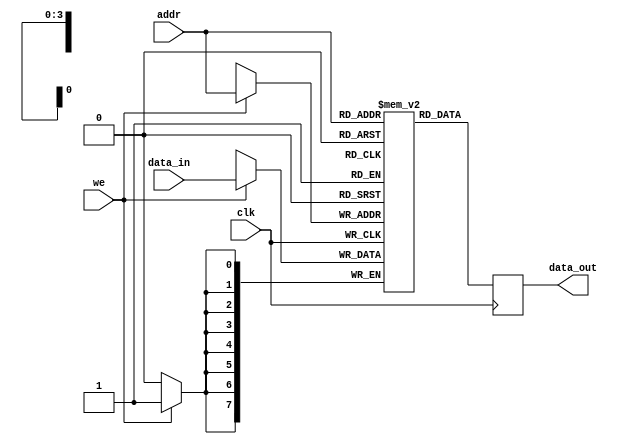
module parameterized_ram #(
    parameter DATA_WIDTH = 8,  // Width of data in bits
    parameter ADDR_WIDTH = 4   // Number of address lines
) (
    input wire clk,             // Clock signal
    input wire we,              // Write enable signal
    input wire [ADDR_WIDTH-1:0] addr, // Address input
    input wire [DATA_WIDTH-1:0] data_in, // Data input for writing
    output reg [DATA_WIDTH-1:0] data_out // Data output for reading
);

    // Calculate the depth of memory
    localparam DEPTH = 1 << ADDR_WIDTH; // 2^ADDR_WIDTH

    // Memory array declaration
    reg [DATA_WIDTH-1:0] mem [0:DEPTH-1]; // Memory array

    // Synchronous read/write operation
    always @(posedge clk) begin
        if (we) begin
            // Write operation
            mem[addr] <= data_in;
        end
        // Read operation (always happens on clk edge)
        data_out <= mem[addr];
    end

    // Optional: Reset behavior can be added if needed
    // Add a reset signal to initialize memory if required
    /*
    input wire rst, // Reset signal
    always @(posedge clk or posedge rst) begin
        if (rst) begin
            // Initialize memory to zeros
            integer i;
            for (i = 0; i < DEPTH; i = i + 1) begin
                mem[i] <= {DATA_WIDTH{1'b0}};
            end
            data_out <= {DATA_WIDTH{1'b0}}; // Reset data_out
        end else begin
            if (we) begin
                mem[addr] <= data_in;
            end
            data_out <= mem[addr];
        end
    end
    */

endmodule